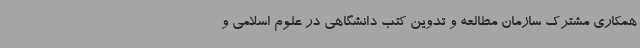
همکاری مشترک سازمان مطالعه و تدوین کتب دانشگاهی در علوم اسلامی و